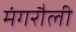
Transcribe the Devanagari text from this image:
मंगरौली